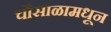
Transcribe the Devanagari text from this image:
चौसाळामधून